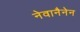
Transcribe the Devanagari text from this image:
नेवानैनेन